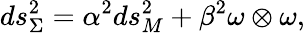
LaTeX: ds_{\Sigma}^{2}=\alpha^{2}{ds_{M}^{2}}+\beta^{2}\omega\otimes\omega,